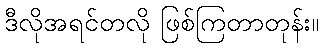
ဒီလိုအရင်တလို ဖြစ်ကြတာတုန်း။